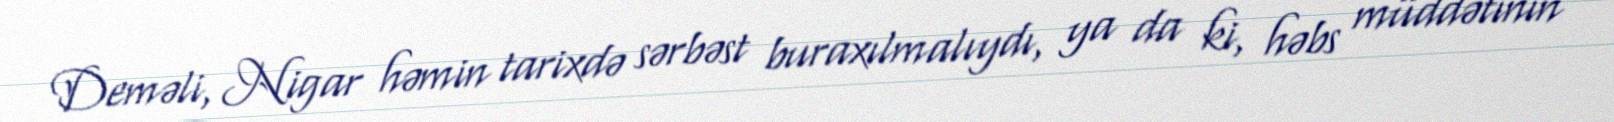
Deməli, Nigar həmin tarixdə sərbəst buraxılmalıydı, ya da ki, həbs müddətinin